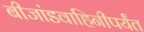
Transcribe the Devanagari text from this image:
बीजांडवाहिनीपर्यंत